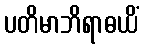
ပတိမာဘိရာဓယိံ